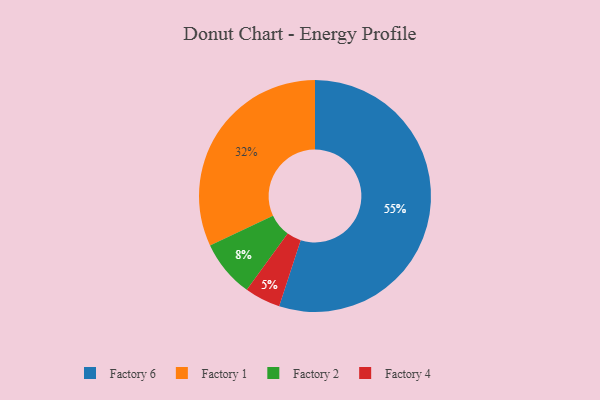
{"axis": {"x": "Category", "y": "Percentage"}, "legend": ["Factory 1", "Factory 2", "Factory 4", "Factory 6"], "data": [{"x": "Factory 4", "y": 5, "type": "Factory 4"}, {"x": "Factory 6", "y": 55, "type": "Factory 6"}, {"x": "Factory 2", "y": 8, "type": "Factory 2"}, {"x": "Factory 1", "y": 32, "type": "Factory 1"}]}